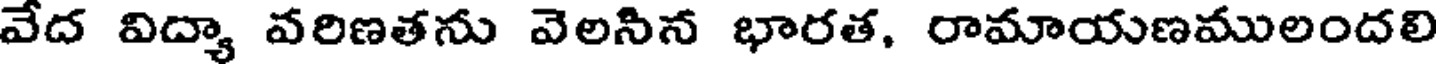
వేద విద్యా వరిణతను వెలనిన భారత, రామాయణములందలి